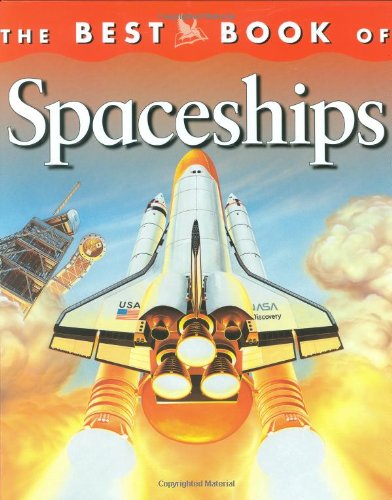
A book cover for The Best Book of Spaceships; Ian Graham; Children's Books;